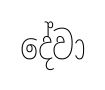
දේවා